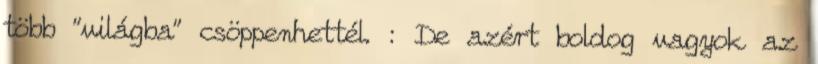
több "világba" csöppenhettél. : De azért boldog vagyok az